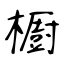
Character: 櫉